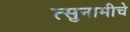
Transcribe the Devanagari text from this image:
त्सुनामीचे